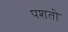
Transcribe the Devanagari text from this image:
पशतो